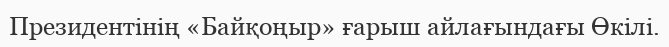
Президентінің «Байқоңыр» ғарыш айлағындағы Өкілі.